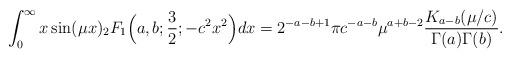
LaTeX: \begin{align*}\int_{0}^{\infty}x\sin(\mu x){}_{2}F_{1}\Big(a,b;\frac{3}{2};-c^2 x^{2}\Big)dx=2^{-a-b+1}\pi c^{-a-b} \mu^{a+b-2}\frac{K_{a-b}({\mu}/{c})}{\Gamma(a)\Gamma(b)}.\end{align*}